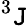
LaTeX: ^3\mathtt{J}